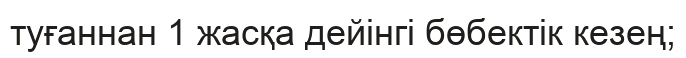
туғаннан 1 жасқа дейінгі бөбектік кезең;